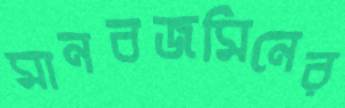
মানবজমিনের